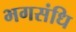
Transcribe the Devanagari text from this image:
भगसंधि